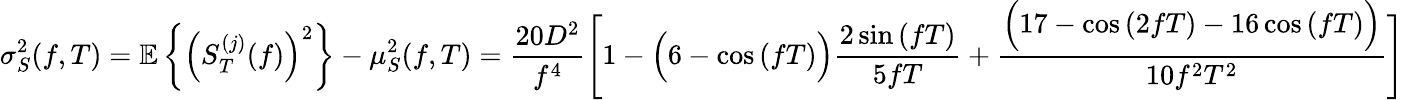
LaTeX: \sigma_{S}^{2}(f,T)=\mathbb{E}\left\{ \left(S_{T}^{(j)}(f)\right)^{2}\right\} -\mu_{S}^{2}(f,T)={\frac{20D^{2}}{f^{4}}}{\Bigg[}1-{\Big(}6-\cos\left(fT\right){\Big)}{\frac{2\sin\left(fT\right)}{5fT}}+{\frac{{\Big(}17-\cos\left(2fT\right)-16\cos\left(fT\right){\Big)}}{10f^{2}T^{2}}}{\Bigg]}